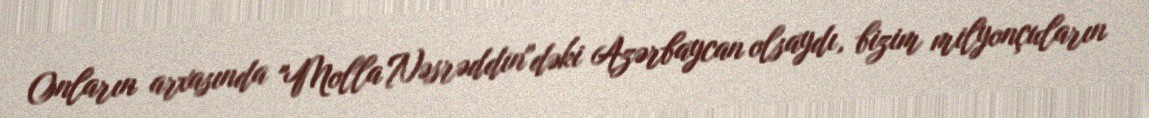
Onların arxasında "Molla Nəsrəddin"dəki Azərbaycan olsaydı, bizim milyonçuların